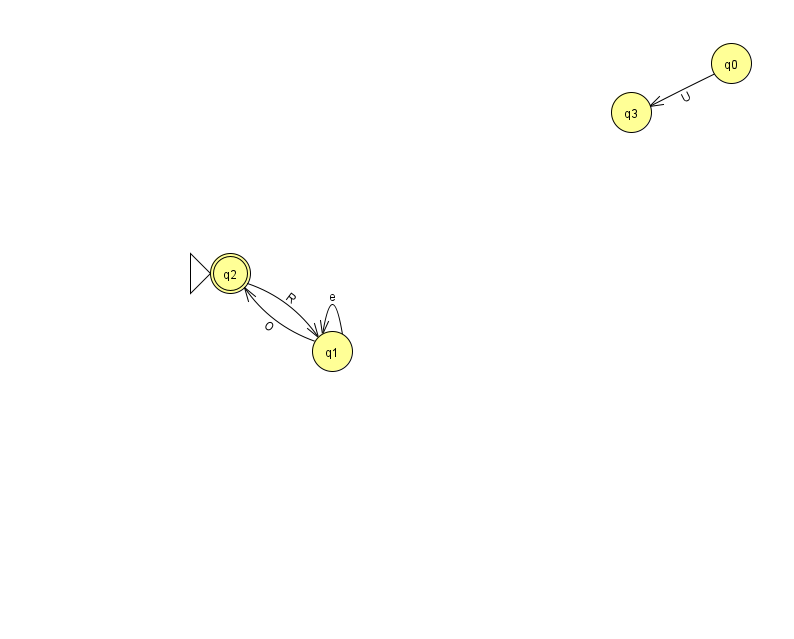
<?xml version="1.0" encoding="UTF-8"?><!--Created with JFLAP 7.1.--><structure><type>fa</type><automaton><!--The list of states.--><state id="0" name="q0"><x>731.0</x><y>50.0</y></state><state id="1" name="q1"><x>332.0</x><y>338.0</y></state><state id="2" name="q2"><x>230.0</x><y>260.0</y><initial/><final/></state><state id="3" name="q3"><x>631.0</x><y>99.0</y></state><!--The list of transitions.--><transition><from>2</from><to>1</to><read>R</read></transition><transition><from>1</from><to>1</to><read>e</read></transition><transition><from>0</from><to>3</to><read>U</read></transition><transition><from>1</from><to>2</to><read>O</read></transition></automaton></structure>